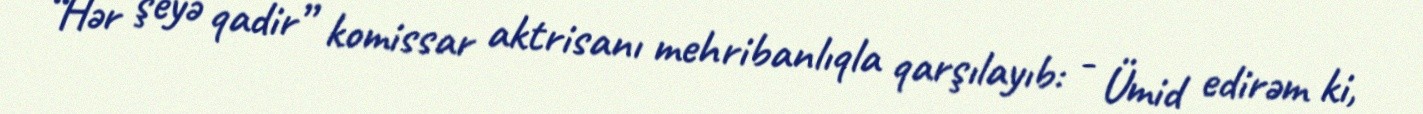
“Hər şeyə qadir” komissar aktrisanı mehribanlıqla qarşılayıb: - Ümid edirəm ki,